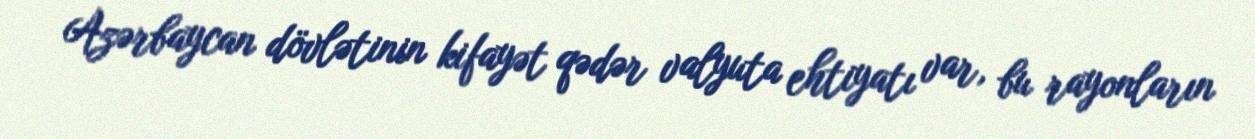
Azərbaycan dövlətinin kifayət qədər valyuta ehtiyatı var, bu rayonların